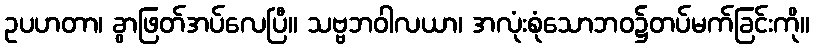
ဥပဟတာ၊ ခွာဖြတ်အပ်လေပြီ။ သဗ္ဗဘဝါလယာ၊ အလုံးစုံသောဘဝ၌တပ်မက်ခြင်းကို။